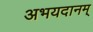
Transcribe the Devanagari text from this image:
अभयदानम्